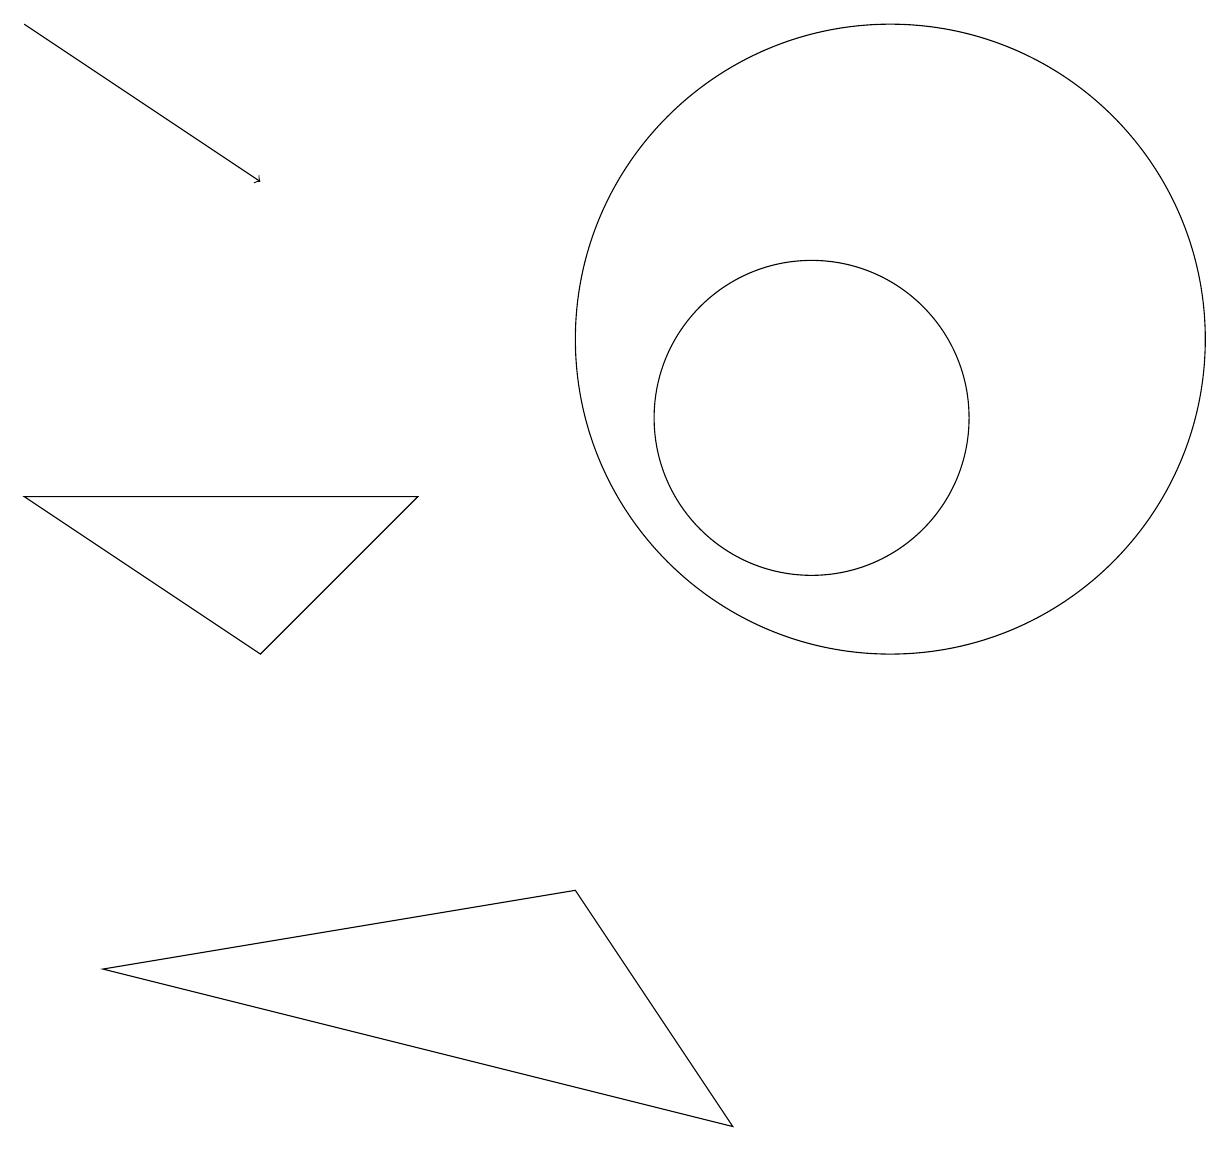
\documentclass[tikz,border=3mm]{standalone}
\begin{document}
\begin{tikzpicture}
\draw (7,4) -- (9,1) -- (1,3) -- cycle;
\draw[->] (0,15) -- (3,13);
\draw (11,11) circle (4);
\draw (10,11) circle (0);
\draw (3,7) -- (5,9) -- (0,9) -- cycle;
\draw (10,10) circle (2);
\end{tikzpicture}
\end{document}